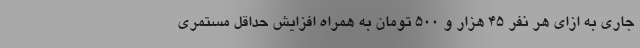
جاری به ازای هر نفر ۴۵ هزار و ۵۰۰ تومان به همراه افزایش حداقل مستمری